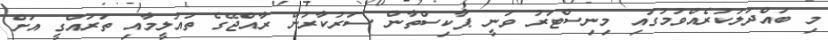
މި ބައްދަލުކުރެއްވުމުގައި މިނިސްޓަރު ވަނީ ޕާކިސްތާން ސަރުކާރުން ރާއްޖޭގެ ތައުލީމާއި ތަރައްގީ އަށް